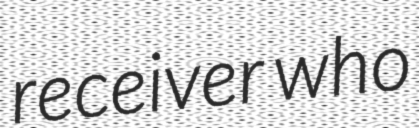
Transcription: receiver who